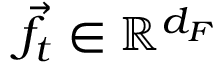
\vec { f } _ { t } \in \mathbb { R } ^ { d _ { F } }